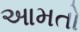
આમતો